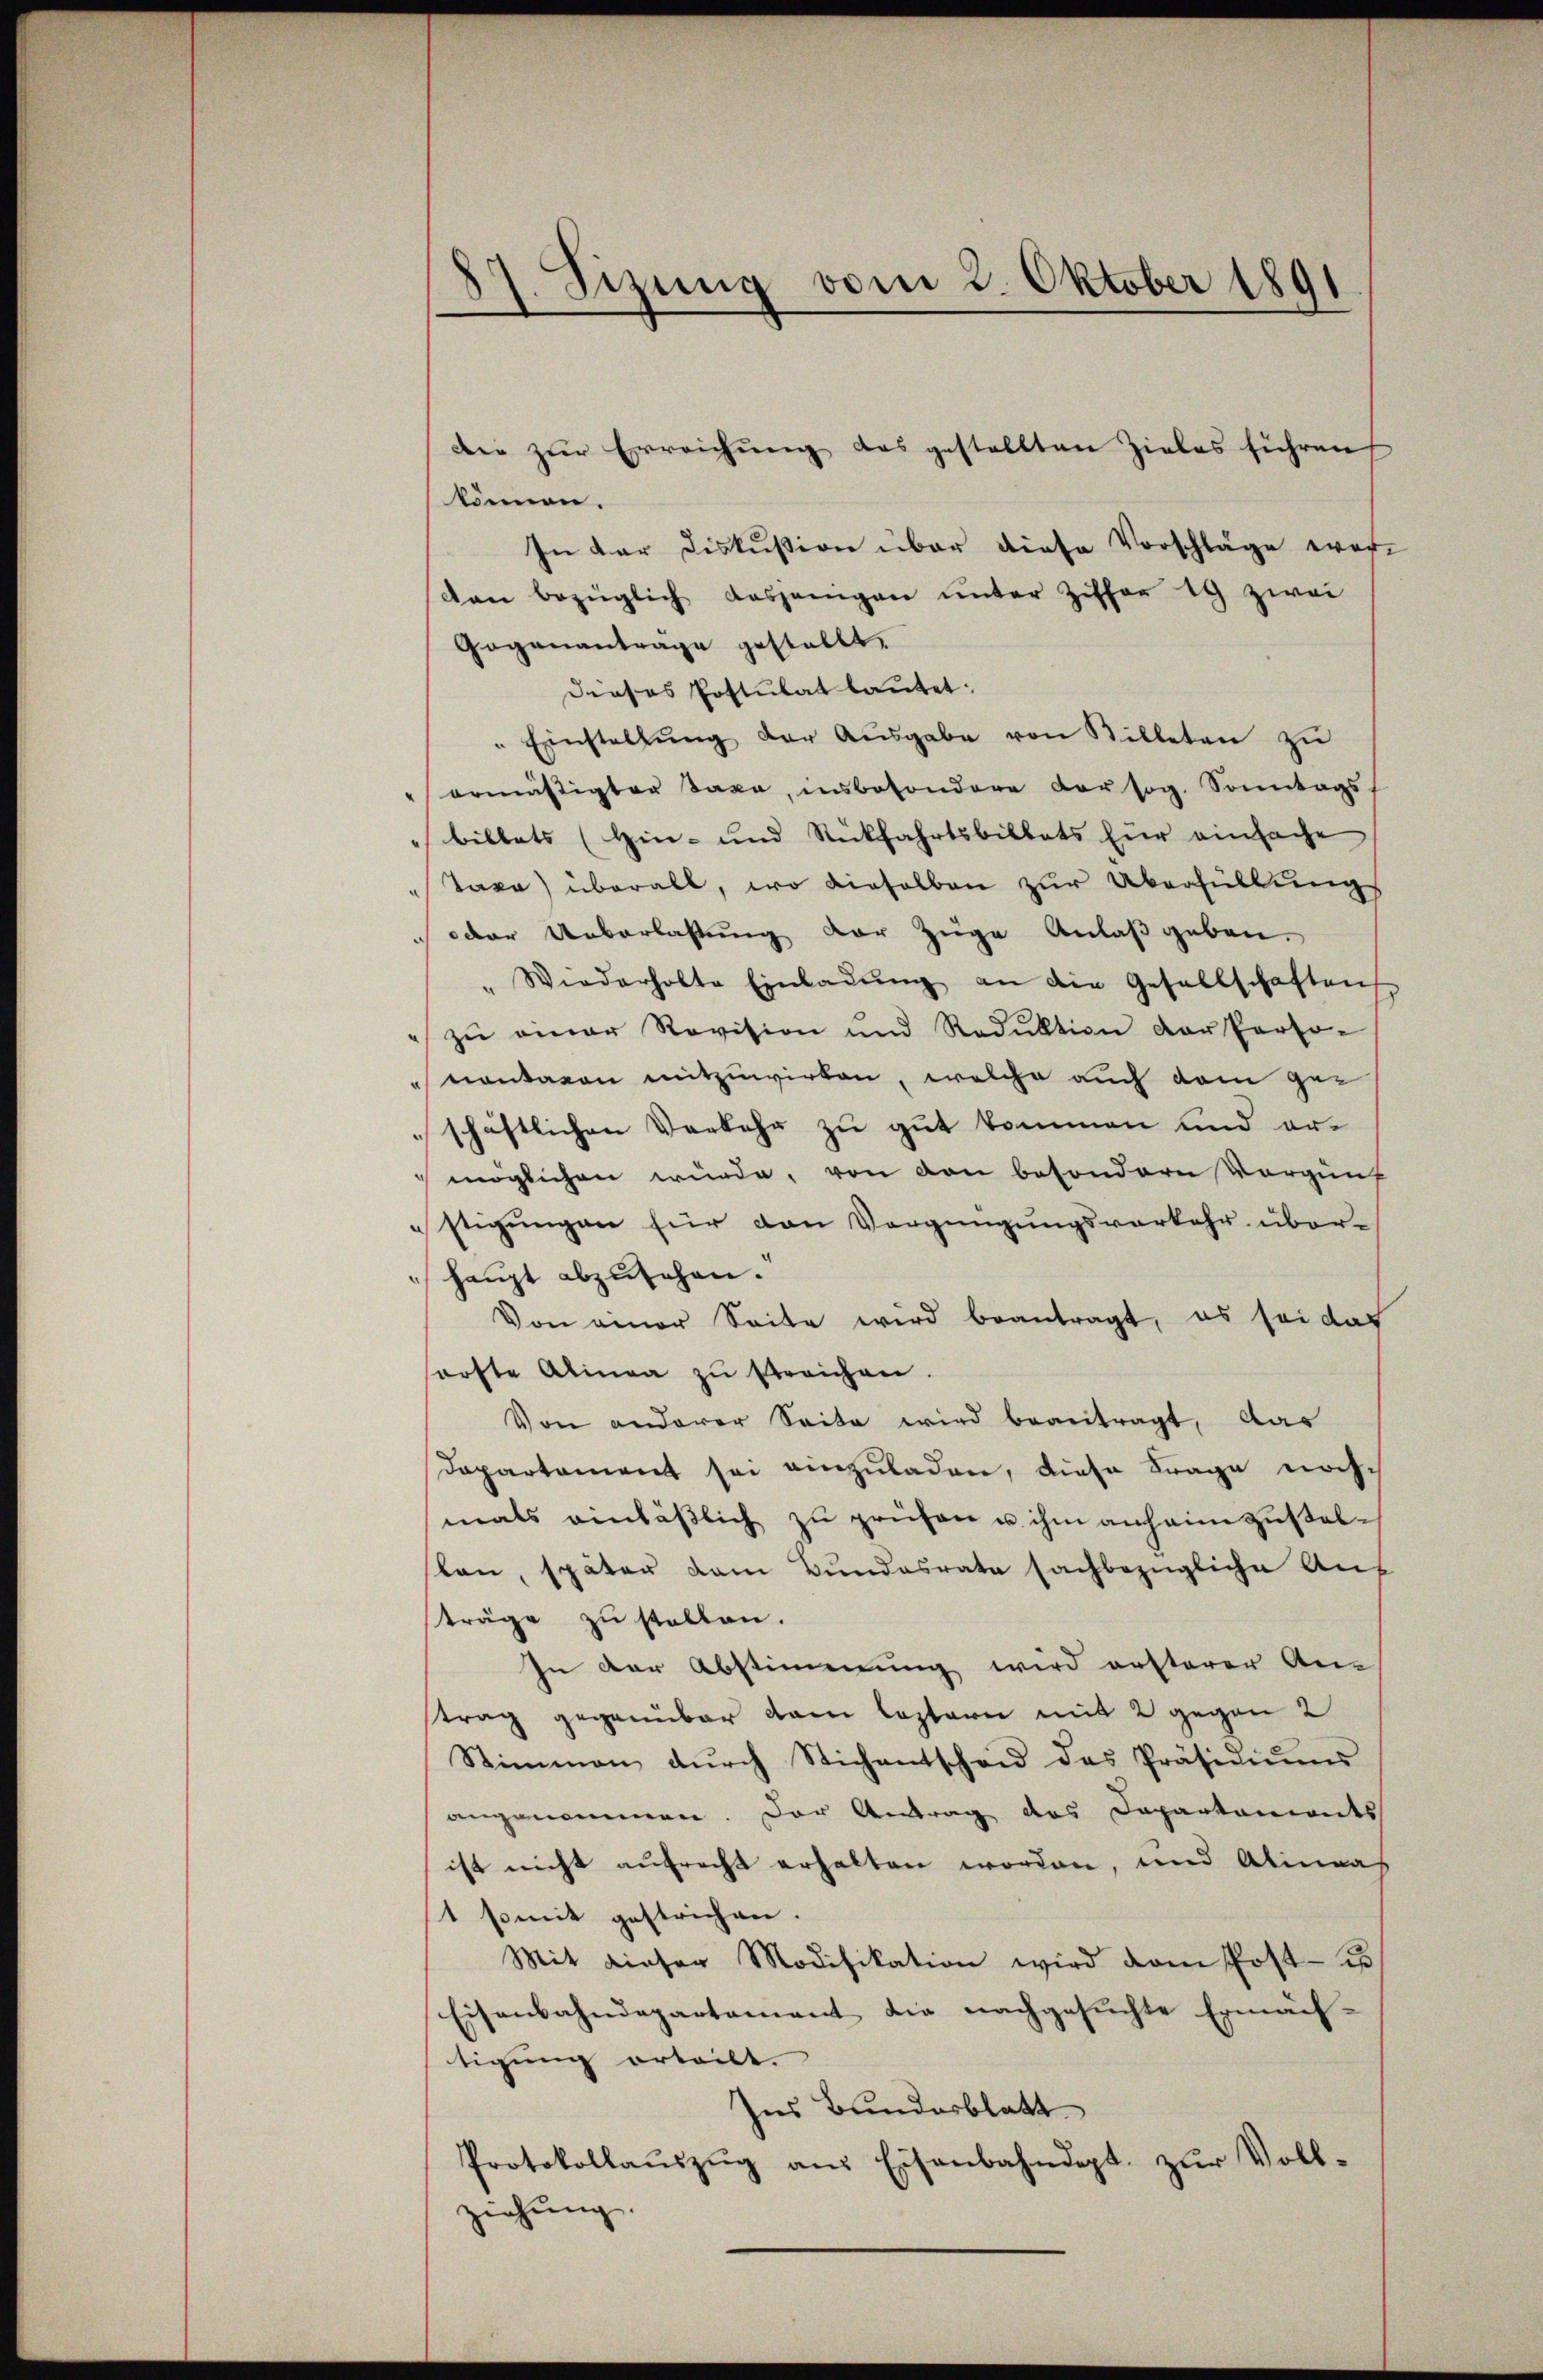
können.
In der Diskussion über diese Vorschläge wer
dan bezüglich dasjenigen ŭnter Ziffer 19 zwei
Gogenanträge gestellt.
Dieses Postulat lautet:
" Einstallŭng der Aŭsgabe von Billeten zŭ
ormässigter Taxa, insbesondere Vorsog. Sonntags
billets (Hin- und Rückfahrtsbillets für einfache
Taxa) überall, wo dieselben zur Überfüllung
oder Ueberlastung der Züge Anlaß geben.
" Wiederholte Einladŭng an die Gesellschaften
 zŭ einer Revision und Reduktion der Perso-
montaren mitzuwirken, welche auch dem geschäftlichen Verkehr zu gut kommen und er¬
 möglichen wurde, von den besondern Vorgenf
stigungen für den Vergnügungsverkehr über¬
 haupt abzusehen.
Von einer Seite wird beantragt, es sei das
härfte Alinea zŭ streichen.
Von anderer Seite wird beantragt, das
Dapartament sei einzuladen, diese Frage noch
mals anläβlich zŭ prüfen u. ihm anheim zustellan, später dem Bundesrate sachbezügliche Auf
träge zu stellen.
In der Abstimmung wird ersterer An
trag gegenüber dem leztern mit 2 gegen 2
Stimmen dŭrch Stichentscheid das Präsidiŭms
angenommen. Der Antrag des Departaments
ist nicht aufrecht erhalten worden, und Alinas
1 somit gestrichen.
Mit dieser Modifikation wird vom Post- u
Eisenbahndepartement die nachgesuchte Ermäch-
tigung erteilt.
Ins Bundesblatt
Protokollaŭszŭg ans Eisenbahndept. zŭr Voll-
ziehung

87. Sizung vom 2. Oktober 1891

die zur Erreichung des gestellten Zieles führen